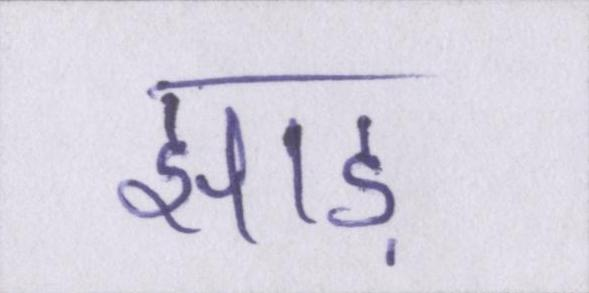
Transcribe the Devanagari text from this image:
झाड़